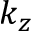
k _ { z }